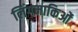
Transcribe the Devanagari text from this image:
लिंगमाकिओं